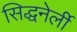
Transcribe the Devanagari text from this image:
सिद्धनेर्ली